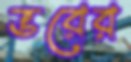
ভরের